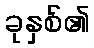
ခုနှစ်၏